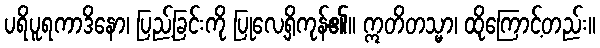
ပရိပူရကာဒိနော၊ ပြည့်ခြင်းကို ပြုလေ့ရှိကုန်၏။ ဣတိတသ္မာ၊ ထိုကြောင့်တည်း။